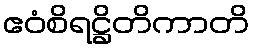
ဧဝံစိရဋ္ဌိတိကာတိ